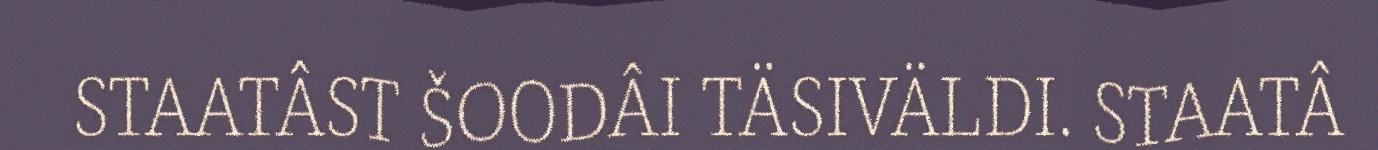
STAATÂST ŠOODÂI TÄSIVÄLDI. STAATÂ